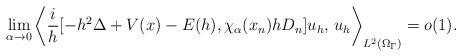
LaTeX: \begin{align*}\lim_{\alpha\to 0}\left< \frac{i}h [-h^2\Delta+V(x)-E(h), \chi_\alpha(x_n)hD_n] u_h,\, u_h \right>_{L^2(\Omega_\Gamma)}=o(1).\end{align*}